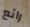
رائع